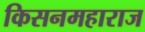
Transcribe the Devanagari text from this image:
किसनमहाराज